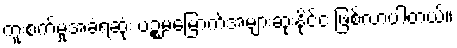
ကူးစက်မှုအခံရဆုံး ပဉ္စမမြောက်အများဆုံးနိုင်ငံ ဖြစ်လာပါတယ်။